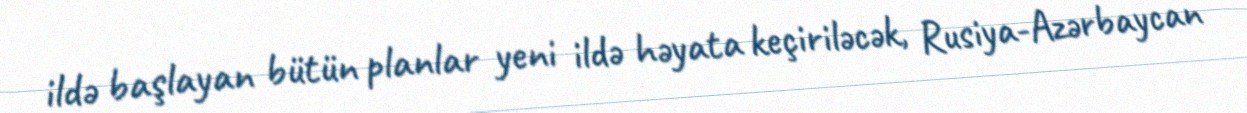
ildə başlayan bütün planlar yeni ildə həyata keçiriləcək, Rusiya-Azərbaycan